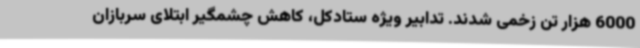
6000 هزار تن زخمی شدند. تدابیر ویژه ستادکل، کاهش چشمگیر ابتلای سربازان